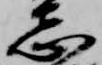
志